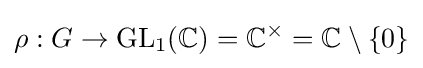
\rho :G\to {\text{GL}}_{1}(\mathbb {C} )=\mathbb {C} ^{\times }=\mathbb {C} \setminus \{0\}